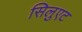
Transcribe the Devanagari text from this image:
सिलुएट